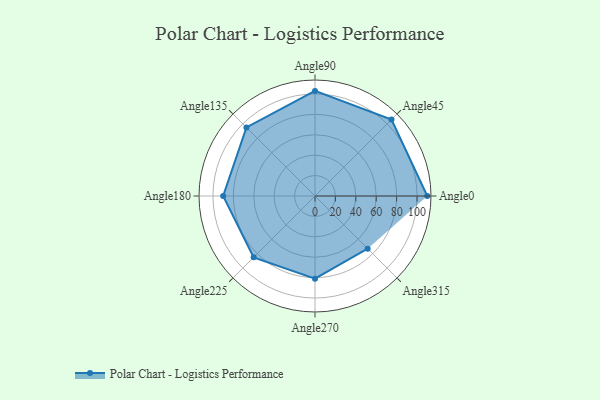
{"axis": {"x": "Angle", "y": "Radius"}, "legend": [""], "data": [{"x": "Angle0", "y": 110.0, "type": ""}, {"x": "Angle45", "y": 106.0, "type": ""}, {"x": "Angle90", "y": 103.0, "type": ""}, {"x": "Angle135", "y": 95.0, "type": ""}, {"x": "Angle180", "y": 90.0, "type": ""}, {"x": "Angle225", "y": 85.0, "type": ""}, {"x": "Angle270", "y": 81.0, "type": ""}, {"x": "Angle315", "y": 73.0, "type": ""}]}